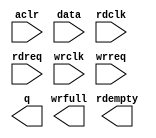
module adc_data_fifo (
	aclr,
	data,
	rdclk,
	rdreq,
	wrclk,
	wrreq,
	q,
	rdempty,
	wrfull);

	input	  aclr;
	input	[11:0]  data;
	input	  rdclk;
	input	  rdreq;
	input	  wrclk;
	input	  wrreq;
	output	[11:0]  q;
	output	  rdempty;
	output	  wrfull;
`ifndef ALTERA_RESERVED_QIS
// synopsys translate_off
`endif
	tri0	  aclr;
`ifndef ALTERA_RESERVED_QIS
// synopsys translate_on
`endif

endmodule